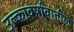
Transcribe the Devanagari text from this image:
उल्कावर्षावातील